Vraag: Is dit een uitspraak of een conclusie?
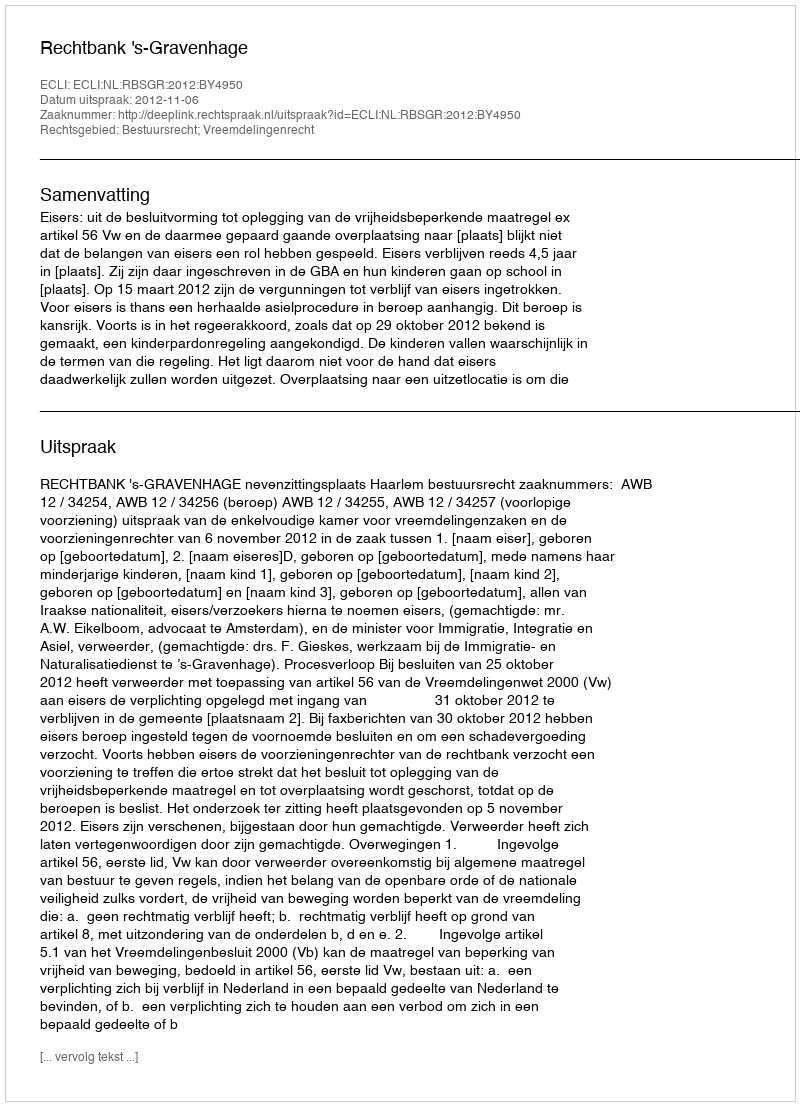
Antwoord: Uitspraak